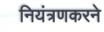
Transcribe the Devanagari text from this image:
नियंत्रणकरने